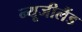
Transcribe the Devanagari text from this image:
न्‍यूजीलैंड